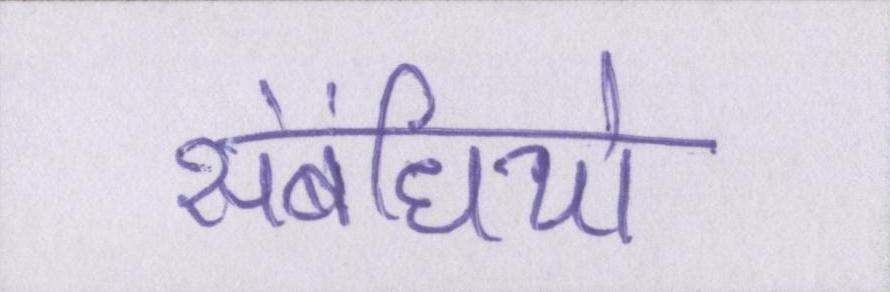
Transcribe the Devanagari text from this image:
संबंधियो